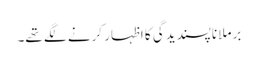
برملا ناپسندیدگی کا اظہار کرنے لگے تھے۔